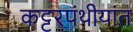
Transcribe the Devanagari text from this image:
कट्टरपंथीयांत